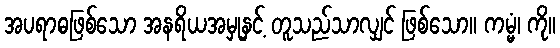
အပရာဓဖြစ်သော အနရိယအမှုနှင့် တူသည်သာလျှင် ဖြစ်သော။ ကမ္မံ၊ ကို။